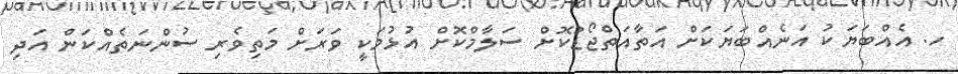
ހ. އެއްބަޔަކު އަނެއްބަޔަކަށް އަތާއަތްޖޯޑުކޮށް ސަލާމްކޮށް އުޅުމަކީ ވަރަށް މަތިވެރި ސުންނަތެއްކަން އަދި